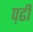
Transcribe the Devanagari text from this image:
प़ढी